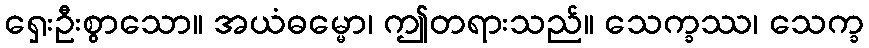
ရှေးဦးစွာသော။ အယံဓမ္မော၊ ဤတရားသည်။ သေက္ခဿ၊ သေက္ခ